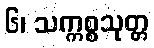
၆၊ သက္ကစ္စသုတ္တ